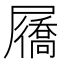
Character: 屩